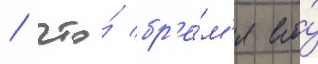
/ что́ бр'е́м'я его́